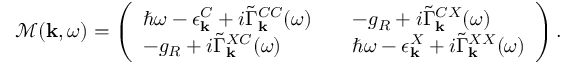
\begin{array} { r } { \mathcal { M } ( { \bf k } , \omega ) = \left( \begin{array} { l l l } { \hbar \omega - \epsilon _ { \bf k } ^ { C } + i \tilde { \Gamma } _ { \bf k } ^ { C C } ( \omega ) } & { } & { - g _ { R } + i \tilde { \Gamma } _ { \bf k } ^ { C X } ( \omega ) } \\ { - g _ { R } + i \tilde { \Gamma } _ { \bf k } ^ { X C } ( \omega ) } & { } & { \hbar \omega - \epsilon _ { \bf k } ^ { X } + i \tilde { \Gamma } _ { \bf k } ^ { X X } ( \omega ) } \end{array} \right) . } \end{array}